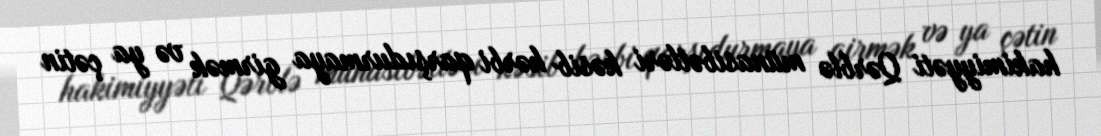
hakimiyyəti Qərblə münasibətləri kəsib hərbi qarşıdurmaya girmək və ya çətin